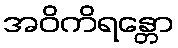
အဝိကိရန္တော